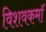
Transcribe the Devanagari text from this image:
विशवकमॉ